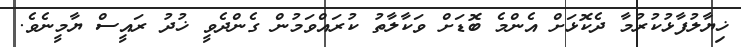
ޚިޔާލުފާޅުކުރުމާ ދެކޮޅަށް އެންމެ ބޮޑަށް ވަކާލާތު ކުރައްވަމުން ގެންދެވީ ޚުދު ރައީސް ޔާމީނެވެ.